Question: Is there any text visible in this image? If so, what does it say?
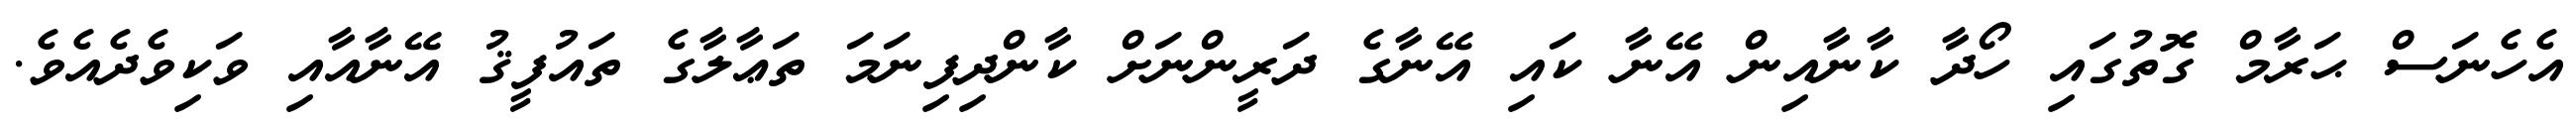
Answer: އެހެނަސް ޙަރާމް ގޮތުގައި ހޯދާ ކާނާއިން އޭނާ ކައި އޭނާގެ ދަރީންނަށް ކާންދިފިނަމަ ތަޢާލާގެ ތައުފީޤު އޭނާއާއި ވަކިވެދެއެވެ.